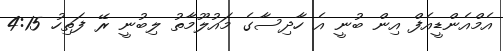
އެމްއެންޑީއެފް އިން ބުނީ އެ ހާދިސާގެ މައުލޫމާތު ލިބުނީ ރޭ ފަތިހު 4:15